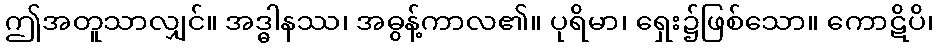
ဤအတူသာလျှင်။ အဒ္ဓါနဿ၊ အဓွန့်ကာလ၏။ ပုရိမာ၊ ရှေး၌ဖြစ်သော။ ကောဋိပိ၊